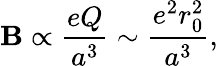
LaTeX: \mathbf{B}\propto\frac{{eQ}}{{a^{3}}}\sim\frac{{e^{2}r_{0}^{2}}}{{a^{3}}},